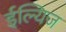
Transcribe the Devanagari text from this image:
ईल्यिज